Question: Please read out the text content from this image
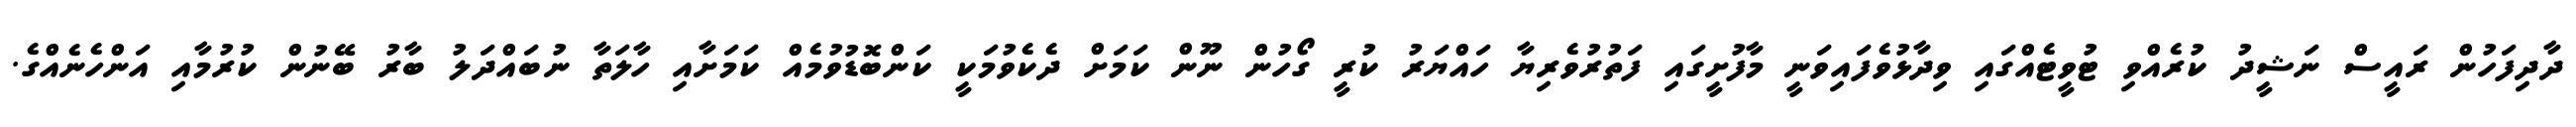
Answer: ދާދިފަހުން ރައީސް ނަޝީދު ކުރެއްވި ޓުވީޓެއްގައި ވިދާޅުވެފައިވަނީ މާފުށީގައި ފަތުރުވެރިޔާ ހައްޔަރު ކުރީ ގޯހުން ނޫން ކަމަށް ދެކެވުމަކީ ކަންބޮޑުވުމެއް ކަމަށާއި ހާލަތާ ނުބައްދަލު ބާރު ބޭނުން ކުރުމާއި އަންހެނެއްގެ.